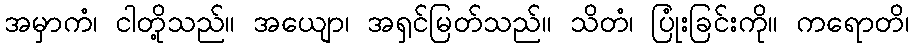
အမှာကံ၊ ငါတို့သည်။ အယျော၊ အရှင်မြတ်သည်။ သိတံ၊ ပြုံးခြင်းကို။ ကရောတိ၊